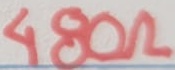
Text: 480Ω